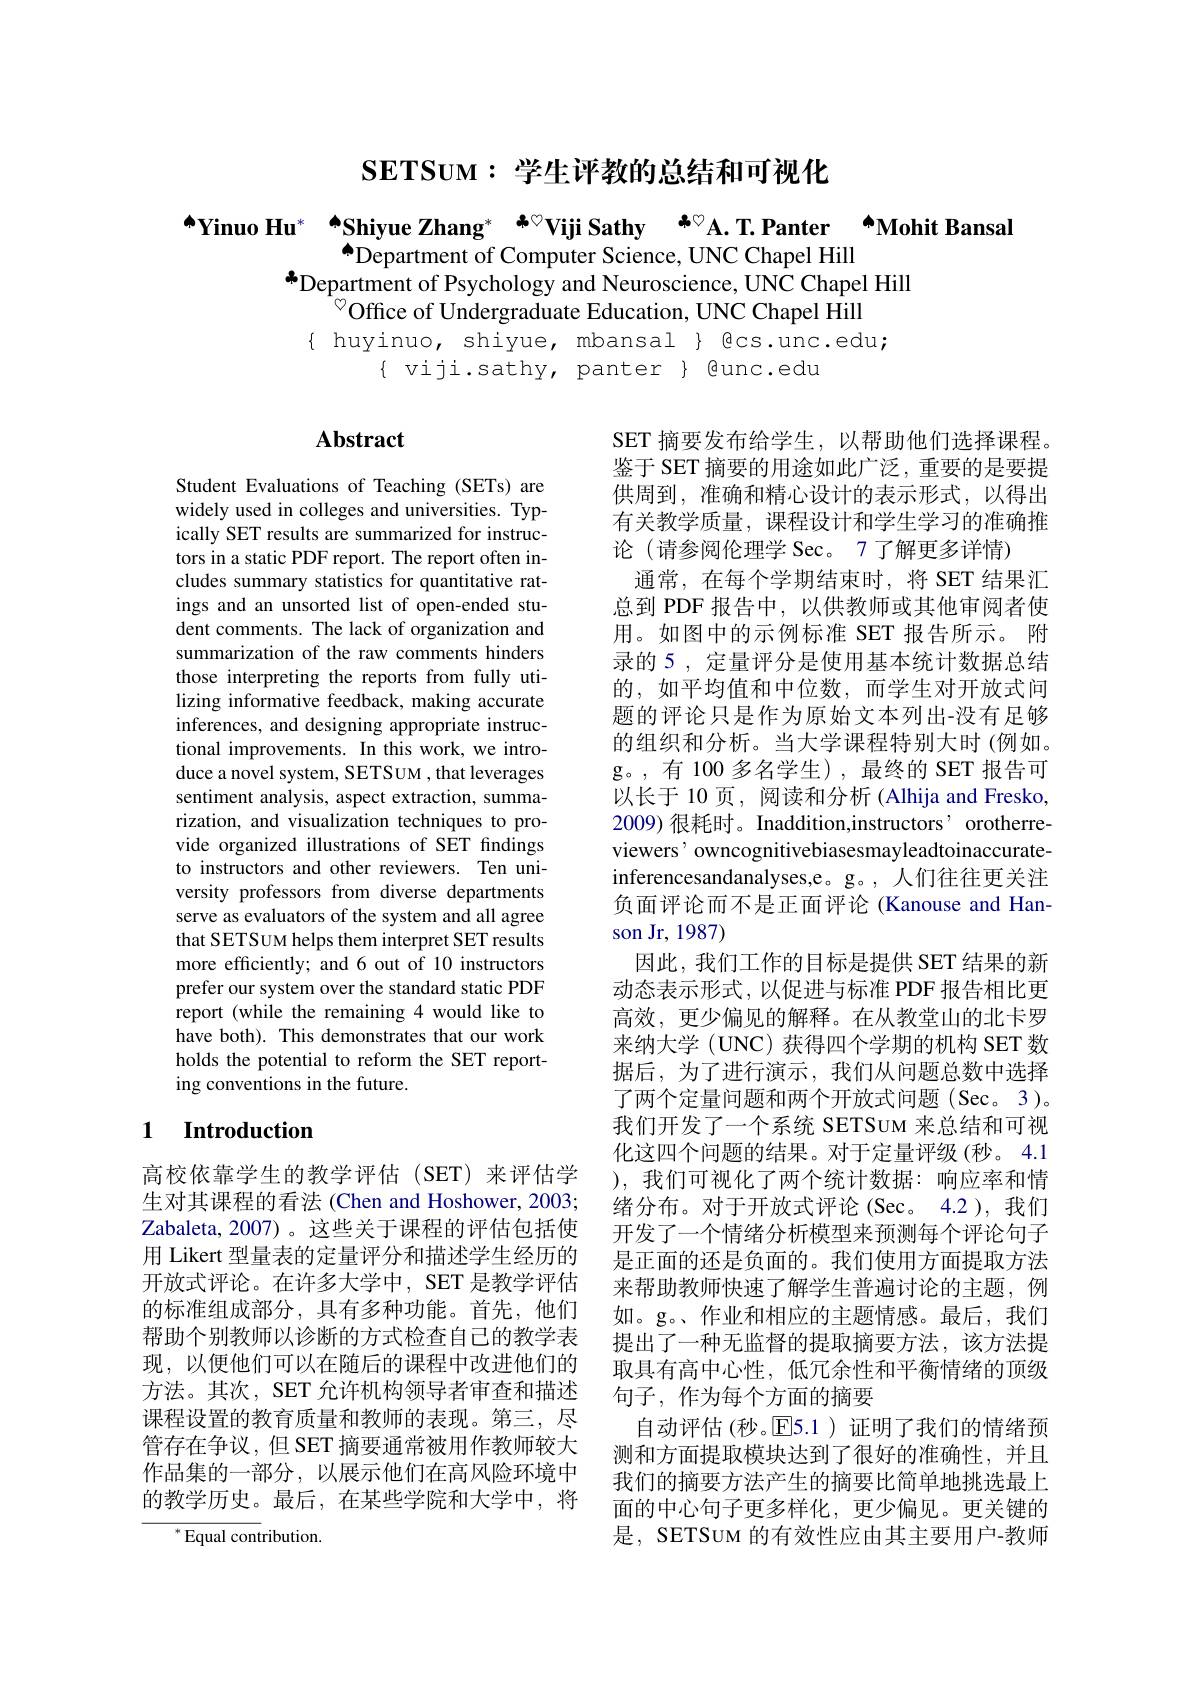
## $\mathbf{SETSUM:}$学生评教的总结和可视化

$\spadesuit$Yinuo Hu$^*$ $\spadesuit \textbf{Shiyue Zhang}^*$ $\clubsuit \heartsuit$Viji Sathy $\clubsuit ^{\circ }$A.T.Panter Mohit Bansal
$^{\textcircled{4}}$Department of Computer Science, UNC Chapel Hill
$\overset{*}{\operatorname*{\text{Department of Psychology and Neuroscience, UNC Chapel Hill}}}$
$^{\textcircled{\circ}}$Office of Undergraduate Education, UNC Chapel Hill
$\{$ huyinuo, shiyue, mbansal $\}$ Qcs.unc.edu;
$\{$ viji.sathy, panter $\}$ @unc.edu

# Abstract

Student Evaluations of Teaching (SETs) are widely used in colleges and universities. Typically SET results are summarized for instructors in a static PDF report. The report often includes summary statistics for quantitative ratings and an unsorted list of open-ended student comments. The lack of organization and summarization of the raw comments hinders those interpreting the reports from fully utilizing informative feedback, making accurate inferences, and designing appropriate instructional improvements. In this work, we introduce a novel system, SETSUM , that leverages sentiment analysis, aspect extraction, summarization, and visualization techniques to provide organized illustrations of SET fndings to instructors and other reviewers. Ten university professors from diverse departments serve as evaluators of the system and all agree that SETSUM helps them interpret SET results more efficiently; and 6 out of 10 instructors prefer our system over the standard static PDF report (while the remaining 4 would like to have both). This demonstrates that our work holds the potential to reform the SET reporting conventions in the future.

SET 摘要发布给学生，以帮助他们选择课程。鉴于 SET 摘要的用途如此广泛，重要的是要提供周到，准确和精心设计的表示形式，以得出有关教学质量，课程设计和学生学习的准确推论 (请参阅伦理学 Sec。7 了解更多详情)
通常，在每个学期结束时，将 SET 结果汇总到 PDF 报告中，以供教师或其他审阅者使用。如图中的示例标准 SET 报告所示。附录的 5 , 定量评分是使用基本统计数据总结的，如平均值和中位数，而学生对开放式问题的评论只是作为原始文本列出-没有足够的组织和分析。当大学课程特别大时(例如。g。,有 100 多名学生),最终的 SET 报告可以长于 10 页，阅读和分析 (Alhija and Fresko, 2009) 很耗时。Inaddition,instructors, orotherreviewers’ owncognitivebiasesmayleadtoinaccurateinferencesandanalyses,e。g。, 人们往往更关注负面评论而不是正面评论 (Kanouse and Hanson Jr, 1987)
因此，我们工作的目标是提供 SET 结果的新动态表示形式，以促进与标准 PDF 报告相比更高效，更少偏见的解释。在从教堂山的北卡罗来纳大学 (UNC) 获得四个学期的机构 SET 数据后，为了进行演示，我们从问题总数中选择了两个定量问题和两个开放式问题(Sec。3)。我们开发了一个系统 SETSUM 来总结和可视化这四个问题的结果。对于定量评级(秒。4.1 ),我们可视化了两个统计数据：响应率和情绪分布。对于开放式评论(Sec。4.2 ),我们开发了一个情绪分析模型来预测每个评论句子是正面的还是负面的。我们使用方面提取方法来帮助教师快速了解学生普遍讨论的主题，例如。g。、作业和相应的主题情感。最后，我们提出了一种无监督的提取摘要方法，该方法提取具有高中心性，低冗余性和平衡情绪的顶级句子，作为每个方面的摘要
自动评估(秒。回5.1)证明了我们的情绪预测和方面提取模块达到了很好的准确性，并且我们的摘要方法产生的摘要比简单地挑选最上面的中心句子更多样化，更少偏见。更关键的是，SETSUM 的有效性应由其主要用户-教师

# 1 Introduction

高校依靠学生的教学评估(SET)来评估学生对其课程的看法 (Chen and Hoshower, 2003; Zabaleta, 2007)。这些关于课程的评估包括使用 Likert 型量表的定量评分和描述学生经历的开放式评论。在许多大学中，SET 是教学评估的标准组成部分，具有多种功能。首先，他们帮助个别教师以诊断的方式检查自己的教学表现，以便他们可以在随后的课程中改进他们的方法。其次，SET 允许机构领导者审查和描述课程设置的教育质量和教师的表现。第三，尽管存在争议，但 SET 摘要通常被用作教师较大作品集的一部分，以展示他们在高风险环境中的教学历史。最后，在某些学院和大学中，将
$^*$Equal contribution.